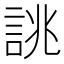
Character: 誂